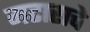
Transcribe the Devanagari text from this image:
मटाराचे